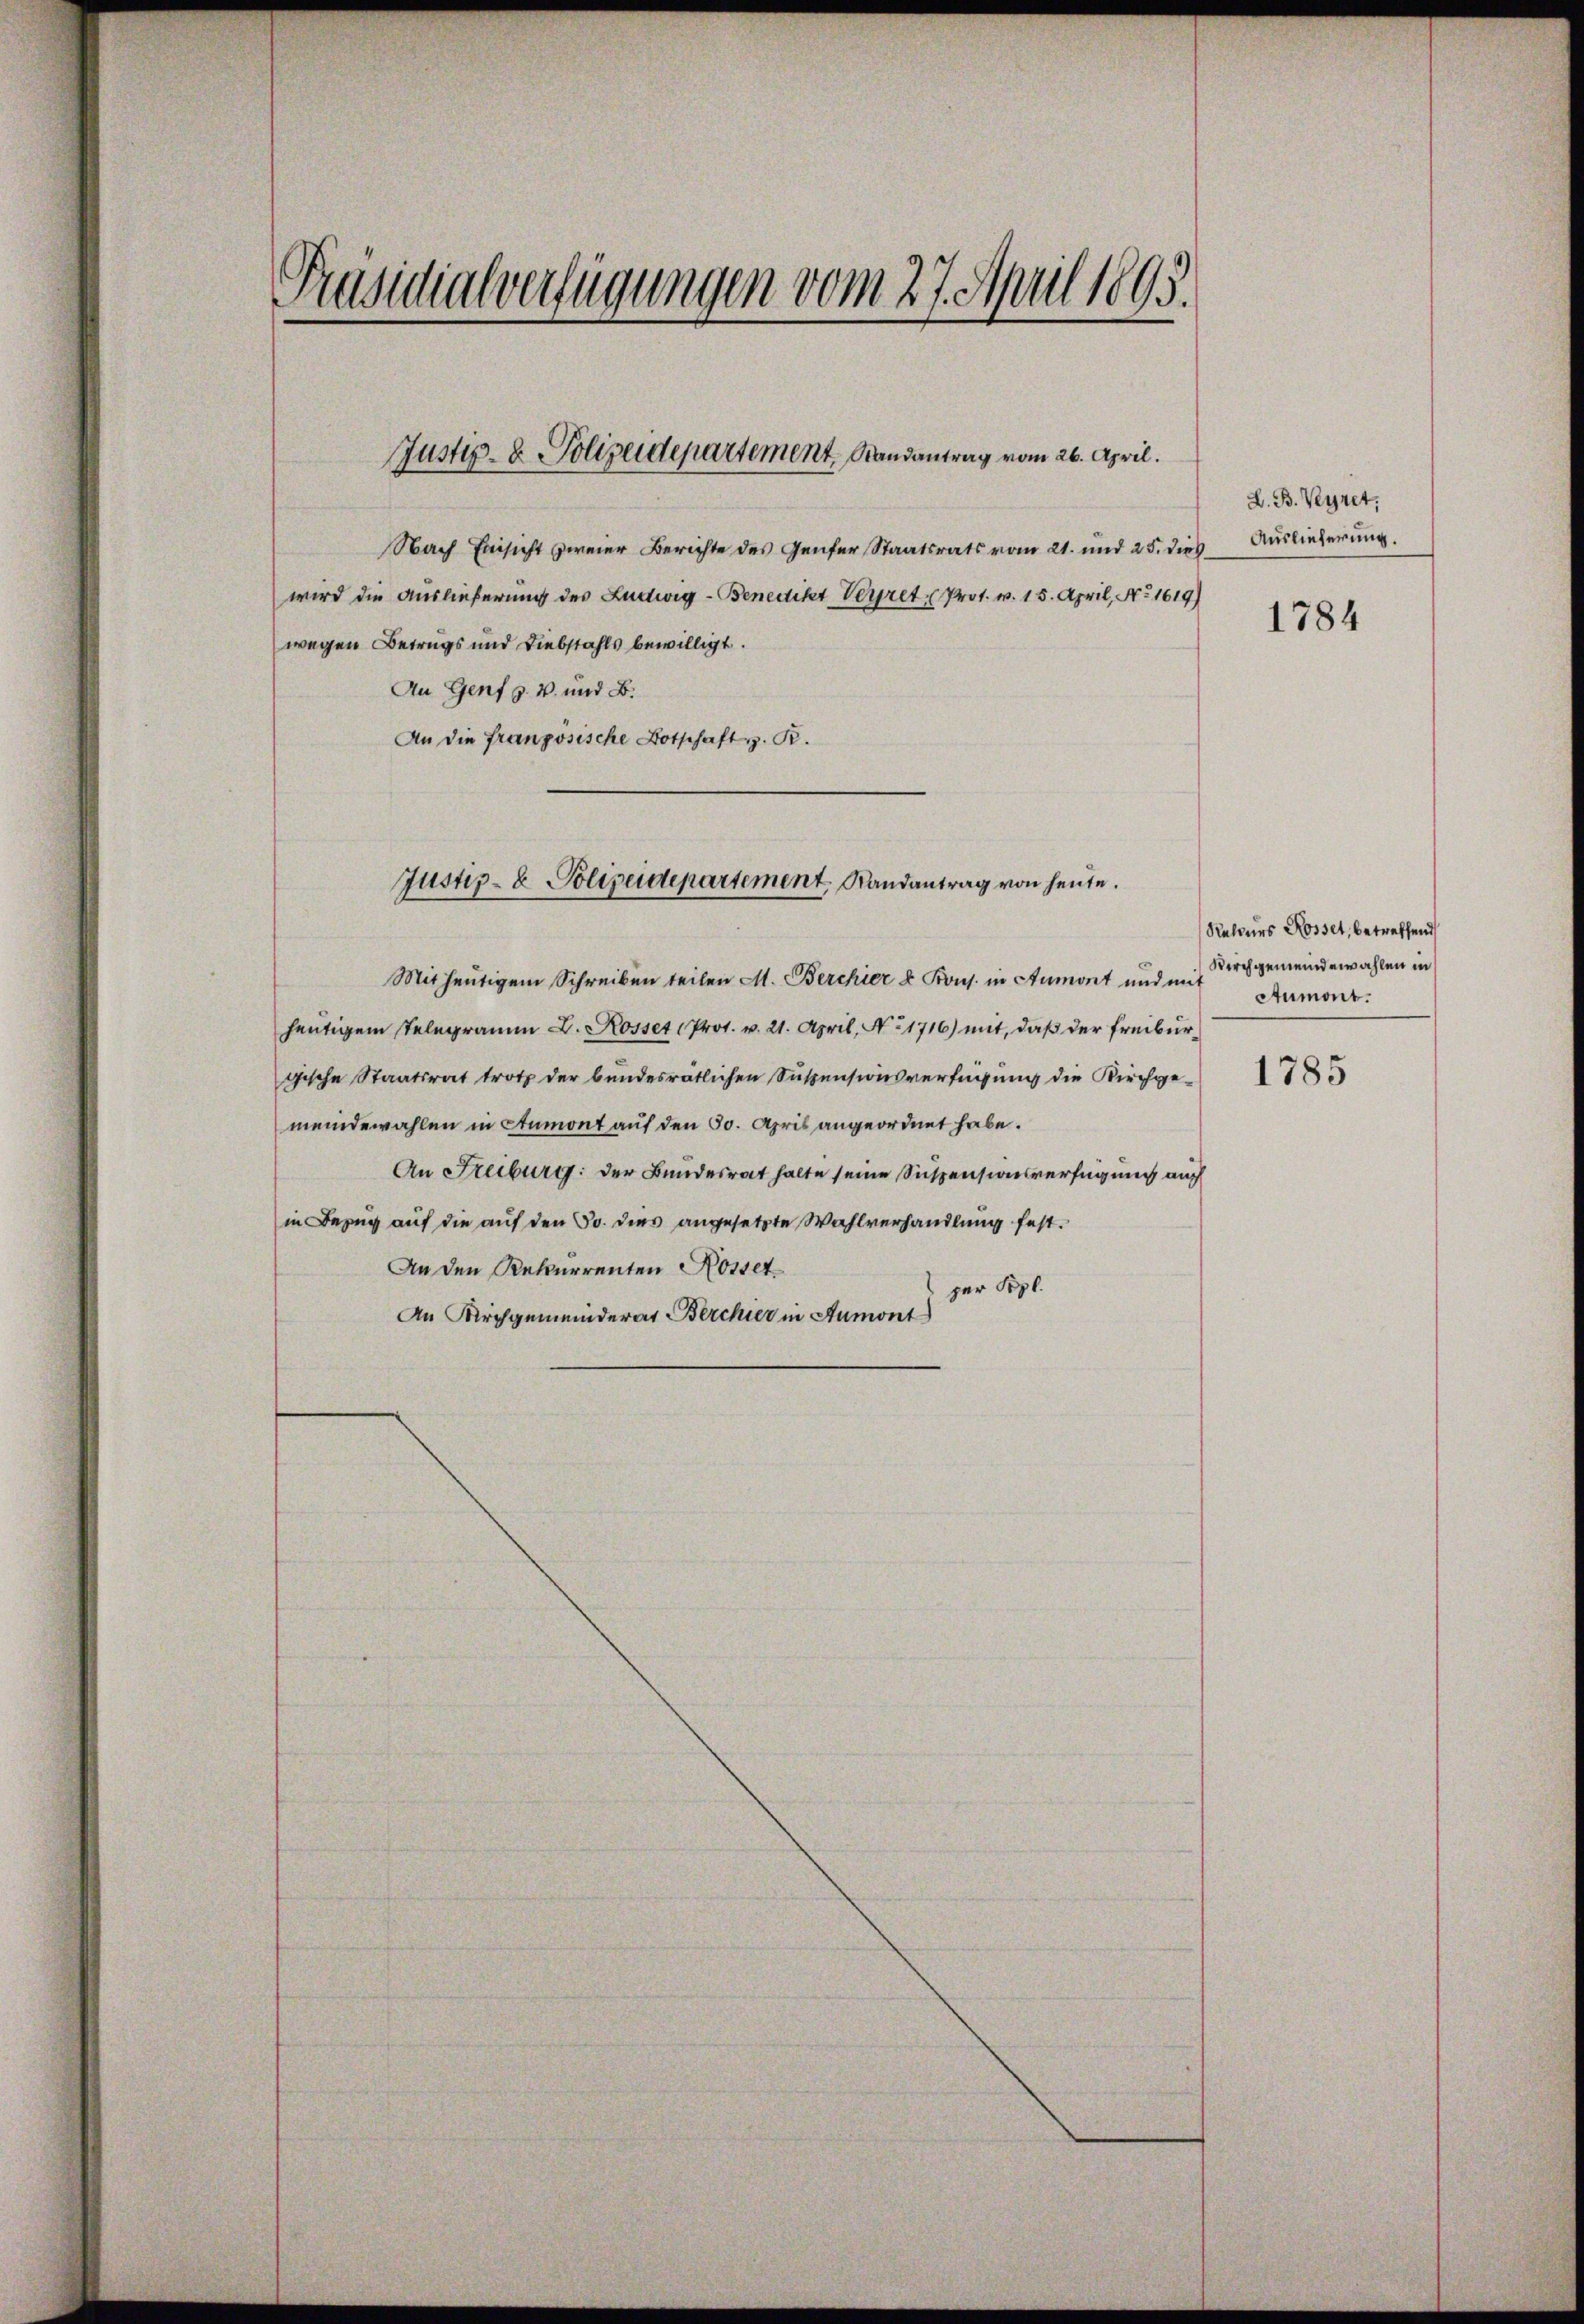
Präsidialverfügungen vom 27. April 1895.

Justiz- & Polizeidepartement, Randantrag vom 26. April.

Nach Einsicht zweier Berichte des Genfer Staatsrats vom 21. und 25. dies
wird die Auslieferung des Ludwig - Benedikt Vergret. Prot. v. 15. April, No. 1619)
wegen Betrugs und Diebstahls bewilligt.
An Genf z. B. und B.
An die französische Botschaft z. R.

Justiz- & Polizeidepartement Randantrag von heute.

Mit heutigem Schreiben teilen M. Berchier & Kons. in Aumont und mit
heutigem Telegramm L. Rosset Prot. v. 21. April, No 1716) mit, daß der Freibur
gische Staatsrat trotz der bundesrätlichen Suspensionsverfügung die Kirchgemeindewahlen in Anmont auf den 30. April angeordnet habe.
An Freiburg: der Bundesrat halte seine Suspensionsverfügung auch
in Bezug auf die auf den 30. dies angesetzte Wahlverhandlung fest.
An den Rekurrenten Rosset
per Pepl.
An Kirchgemeinderat Bercher in Aumont

L. B. Veyret.
Auslieferung.

1784

Raleurs Rosset, betreffend
Kirchgemeindewahlen in
Aumont.

1785